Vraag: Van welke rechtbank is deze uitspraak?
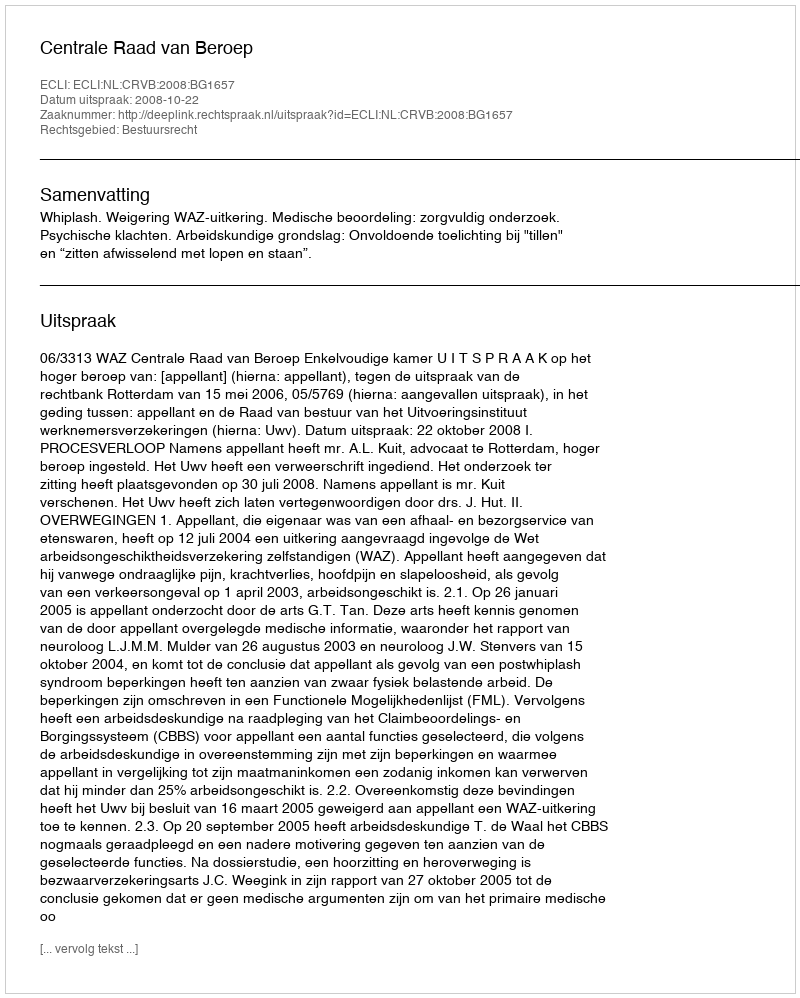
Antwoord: Centrale Raad van Beroep